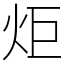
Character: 炬